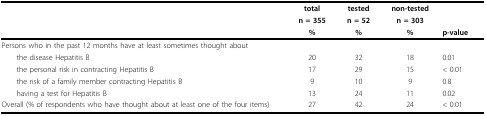
|  | total | tested | non-tested |  |
 |  | n = 355 | n = 52 | n = 303 |  |
 |  | % | % | % | p-value |
 | --- | --- | --- | --- | --- |
 | Persons who in the past 12 months have at least sometimes thought about |  |  |  |  |
 | the disease Hepatitis B | 20 | 32 | 18 | 0.01 |
 | the personal risk in contracting Hepatitis B | 17 | 29 | 15 | < 0.01 |
 | the risk of a family member contracting Hepatitis B | 9 | 10 | 9 | 0.8 |
 | having a test for Hepatitis B | 13 | 24 | 11 | 0.02 |
 | Overall (% of respondents who have thought about at least one of the four items) | 27 | 42 | 24 | < 0.01 |